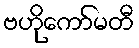
ဗဟိုကော်မတီ